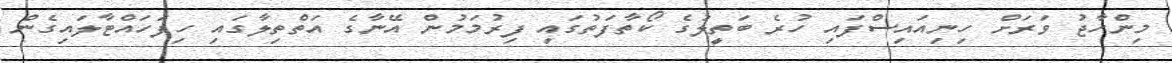
މިންހާޖު ވަރަށް ހިނިއައިސްފައި ހުރެ ބަތީލުގެ ކޯތާފަތުގައި ފިރުމަމުން އޭނާގެ އަތްތިލާގައި ހިފަހައްޓާލައިގެން